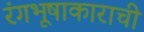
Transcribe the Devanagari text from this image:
रंगभूषाकाराची